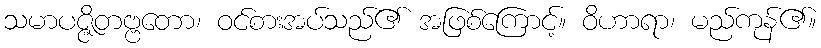
သမာပဇ္ဇိတဗ္ဗတော၊ ဝင်စားအပ်သည်၏ အဖြစ်ကြောင့်။ ဝိဟာရာ၊ မည်ကုန်၏။